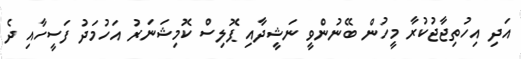
އަދި އިހުތިޖާޖުކުރާ މީހުން ބޭނުންވީ ނަޝީދާއި ޕޮލިސް ކޮމިޝަނަރު އަހުމަދު ފަސީހާއި ދެ